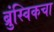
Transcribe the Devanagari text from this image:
ब्रुंस्विकचा